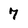
Character: 7